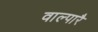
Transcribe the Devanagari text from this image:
वाल्पारै